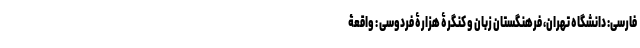
فارسی: دانشگاه تهران، فرهنگستان زبان و کنگرۀ هزارۀ فردوسی : واقعۀ